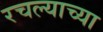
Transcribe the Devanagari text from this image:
रचल्याच्या